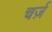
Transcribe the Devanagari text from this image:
चर्ज़